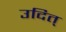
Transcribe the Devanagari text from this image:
उदित्